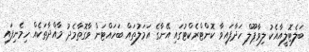
ބަލެޓޮލީއާއެކު ލިވާޕޫލް ހަދާފައިވާ ކޮންޓްރެކްޓުގައި އޭނާގެ އަމަލުތައް ބަހައްޓަން ވާގޮތާމެދު މާއްދާތަކެއް ހިމެނިފައި